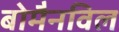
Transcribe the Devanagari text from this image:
बोमैनविल